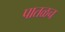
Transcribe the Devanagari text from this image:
पातळच